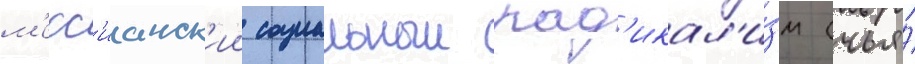
м'есс'ианск'ии социальныи рад'икал'и́зм (чья́